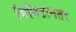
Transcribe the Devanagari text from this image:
मिनिटांनतर